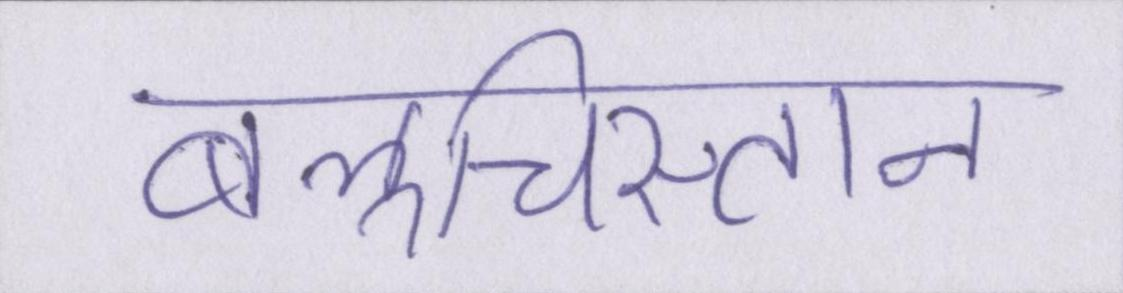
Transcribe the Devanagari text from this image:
बलूचिस्तान